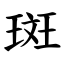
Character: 斑